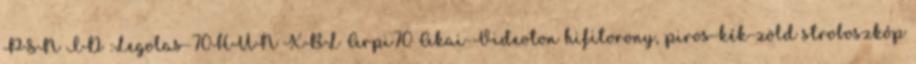
PSN ID :Legolas-70HUN XBL Arpi70 Akai-Videoton hifitorony, piros-kék-zöld stroboszkóp